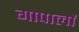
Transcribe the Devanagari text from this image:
गोपालों